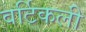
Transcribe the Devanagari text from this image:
वर्टिकली